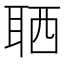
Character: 𦕩